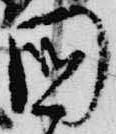
国